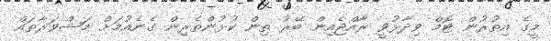
މީގެ އިތުރުން ޓޮމް ވިދާޅުވީ ރާއްޖެއިން ބޭރު ތިން ކުޅުންތެރިން ގެނެއުމަށް މަޝްވަރާތައް